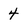
Character: 4